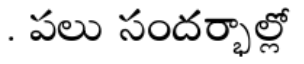
. పలు సందర్భాల్లో